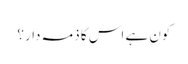
کون ہے اس کا ذمہ دار؟